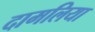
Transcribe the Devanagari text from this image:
दामलिया